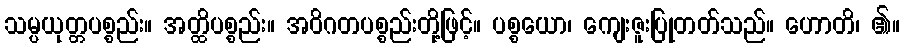
သမ္ပယုတ္တပစ္စည်း။ အတ္ထိပစ္စည်း။ အဝိဂတပစ္စည်းတို့ဖြင့်။ ပစ္စယော၊ ကျေးဇူးပြုတတ်သည်။ ဟောတိ၊ ၏။